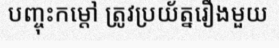
បញ្ចុះកម្តៅ ត្រូវប្រយ័ត្នរឿងមួយ